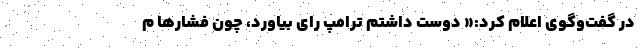
در گفت‌وگوی اعلام کرد:« دوست داشتم ترامپ رای بیاورد، چون فشارها م